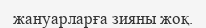
жануарларға зияны жоқ.